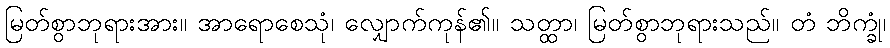
မြတ်စွာဘုရားအား။ အာရောစေသုံ၊ လျှောက်ကုန်၏။ သတ္ထာ၊ မြတ်စွာဘုရားသည်။ တံ ဘိက္ခုံ၊